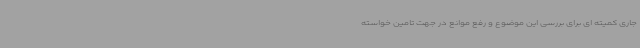
جاری کمیته ای برای بررسی این موضوع و رفع موانع در جهت تامین خواسته